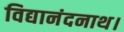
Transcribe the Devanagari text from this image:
विद्यानंदनाथ।